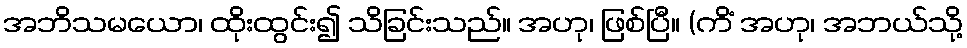
အဘိသမယော၊ ထိုးထွင်း၍ သိခြင်းသည်။ အဟု၊ ဖြစ်ပြီ။ (ကိံ အဟု၊ အဘယ်သို့